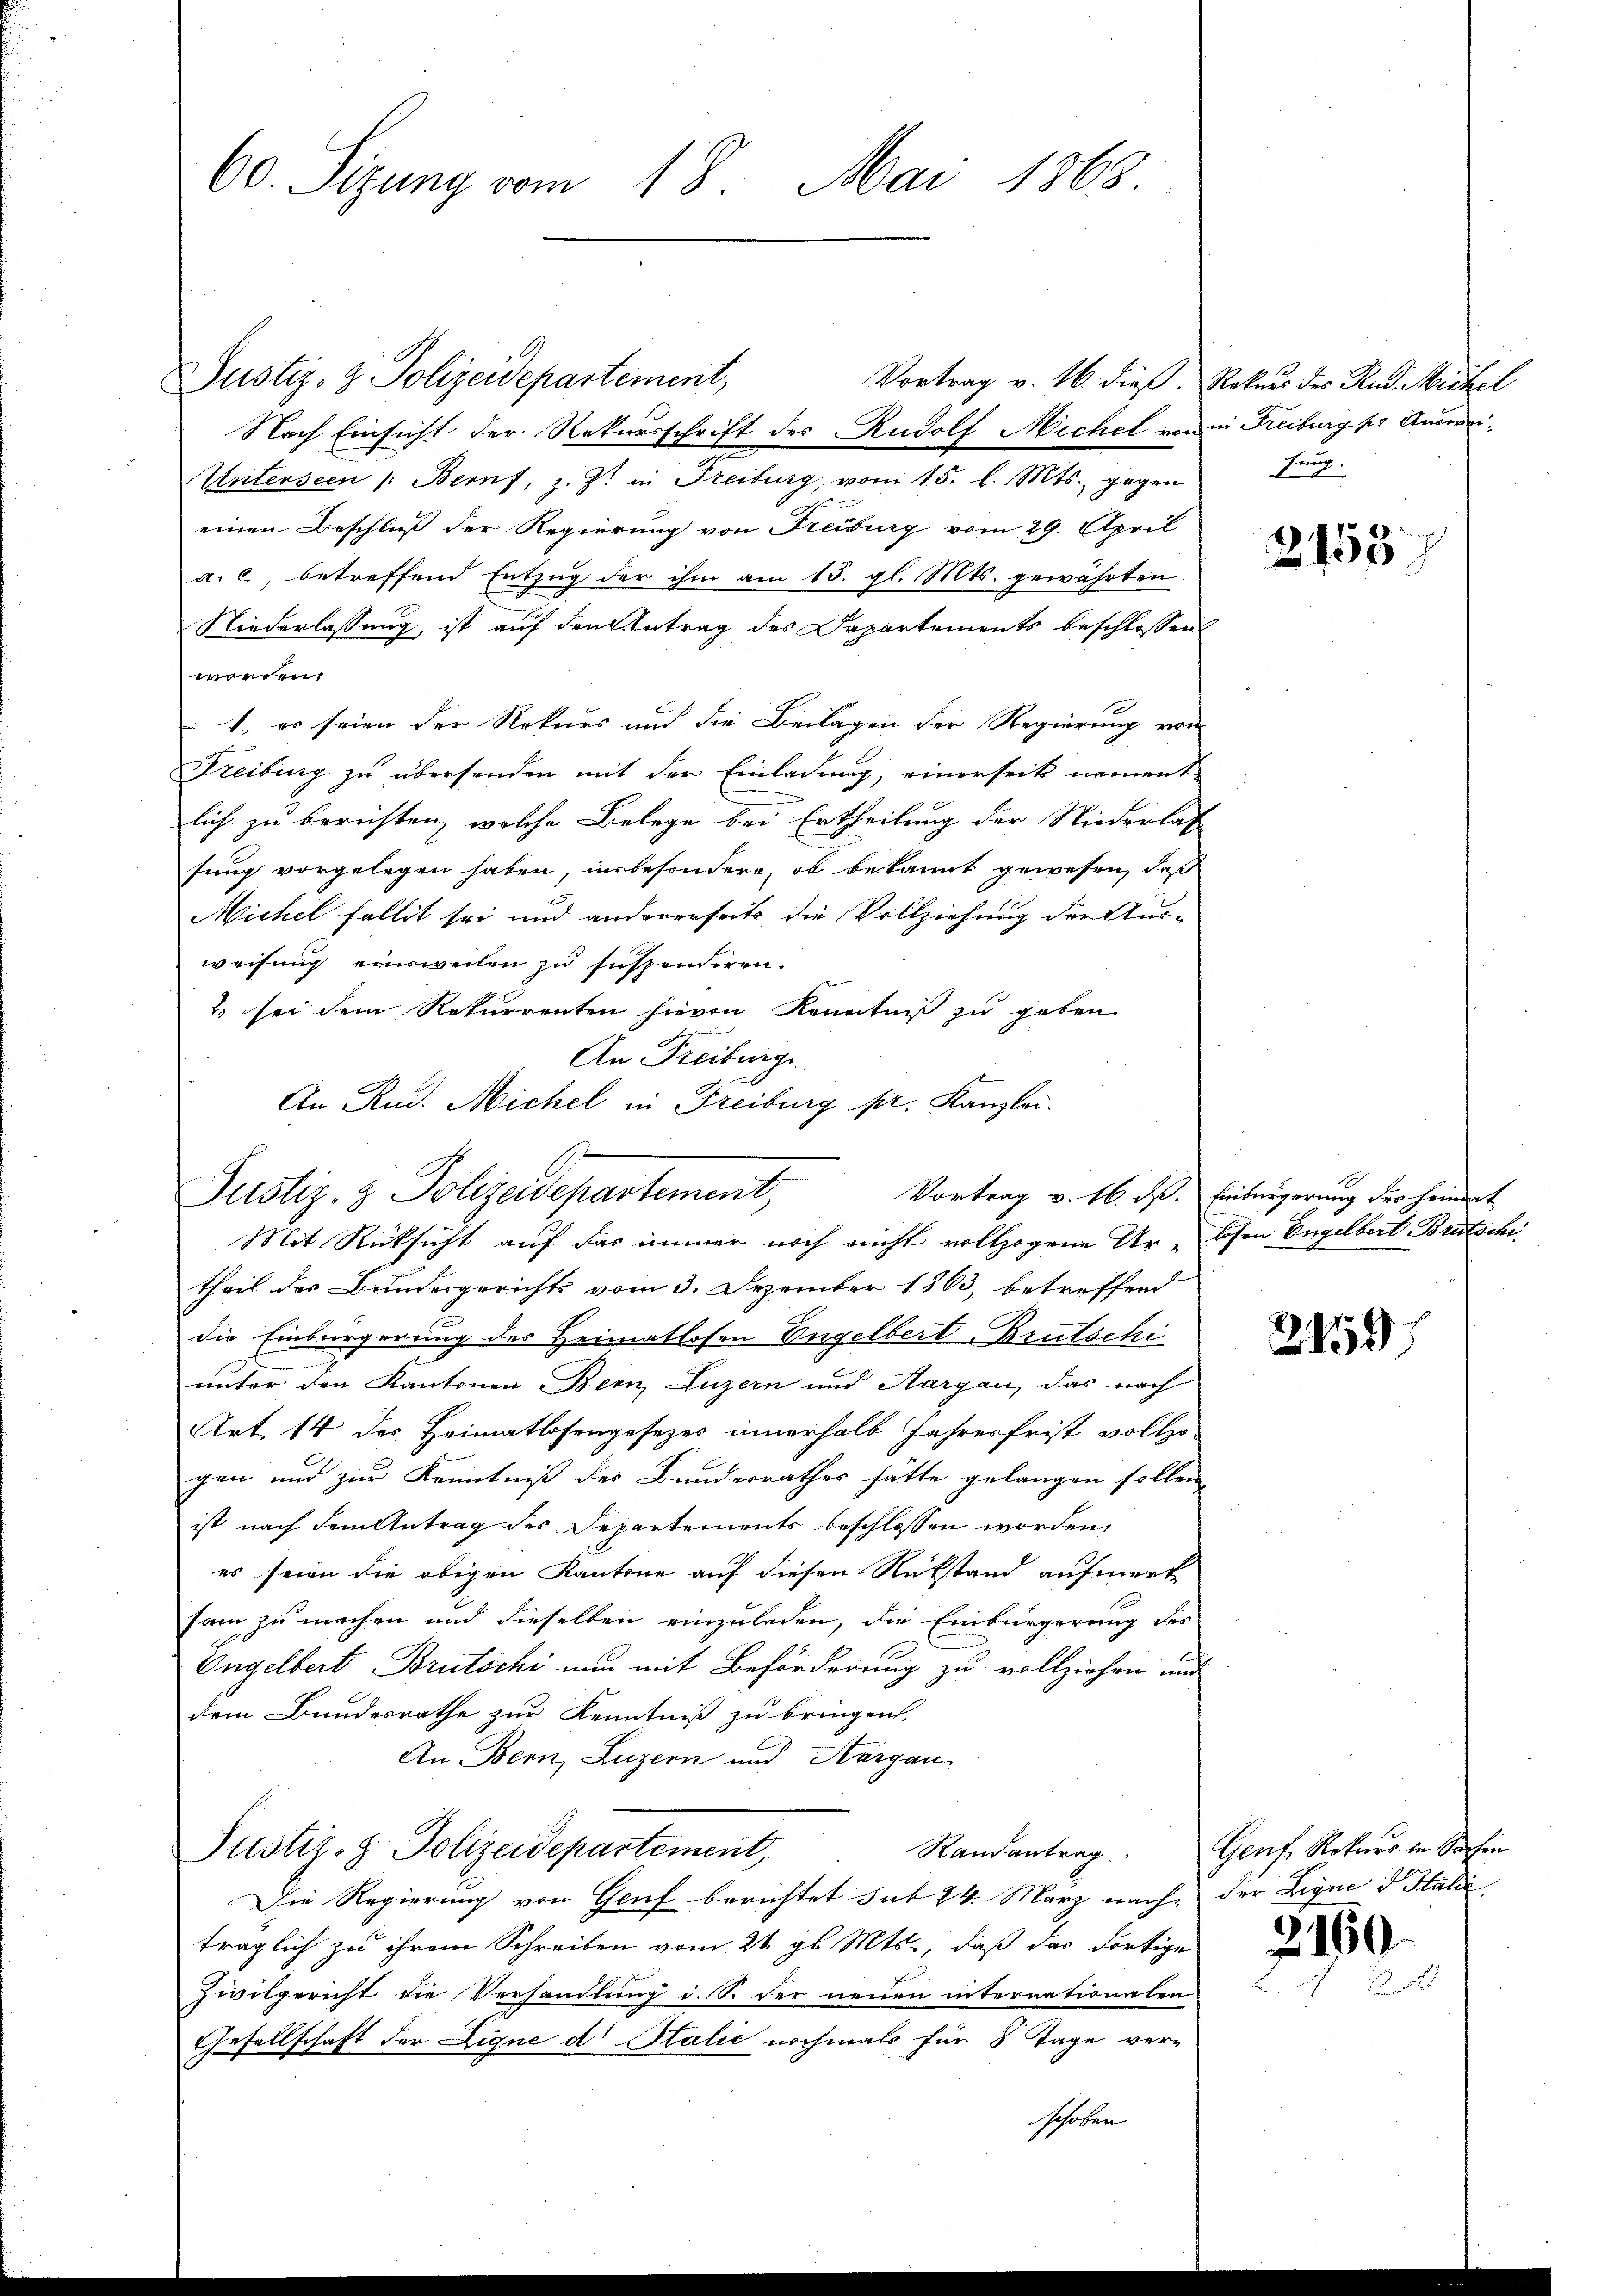
60. Sitzung vom 18. Mai 1863.

Justiz- & Polizeidepartement,
Vortrag v. 16. dieß.
Nach Einsicht der Rekursschrift des Rudolf Michel von
Unterseen /: Bern, z. Z. in Freiburg, vom 15. l. Mts. gegen
einen Beschluß der Regierung von Freiburg vom 29. April
a. c., betreffend Entzug der ihm am 15. gl. Mts. gewährten
Niederlassung, ist auf den Antrag des Departements beschlossen
worden.
e
1., es seien der Rekurs und die Beilagen der Regierung von
Freiburg zu übersenden mit der Einladung, einerseits nament-
lich zu berichten, welche Belege bei Ertheilung der Niederlas
fung vorgelegen haben, in besondere, ob bekannt gewesen, daß
Michel Fallit sei und andererseits die Vollziehung der Aus-
weisung einsweilen zu suspendiren.
2 sei dem Rekurrenten hievon Kenntniß zu geben
An Freiburg
theil des Bundesgerichts vom 3. Dezember 1863, betreffend
die Einbürgerung des Heimatlosen Engelbert Brutschi

unter den Kantonen Bern, Luzern und Aargau, das nach
Art. 14 des Heimatlosengesezes innerhalb Jahresfrist vollzo-
gen und zur Kenntniß des Bunderrathes hätte gelangen sollen
ist nach dem Antrag des Departements beschlossen worden,
es seien die obigen Kantone auf diesen Rükstand aufmerk
sam zu machen und dieselben einzuladen, die Einbürgerung des
Engelbert Brutschi nun mit Beförderung zu vollziehen und
dem Bundesrathe zur Kenntniß zu bringen.
An Bern, Luzern und Aargau
Justiz- & Polizeidepartement,
Randantrag
Die Regierung von Genf berichtet sub 24. März nach-
träglich zu ihrem Schreiben vom 26. gl. Mts., daß das dortige
Zivilgericht die Verhandlung d. S. der neuen internationalen
Gesellschaft der Eigne d Italić nochmals für 8 Tage ver-
schoben

An Rud. Michel in Freiburg pr. Kanzlei.
Justiz- & Polizedepartement,
Mit Rücksicht auf das immer noch nicht vollzogene Ur- Cohen Engelbert Brutschi

Rekurs des Rud. Michel
in Freiburg s. Auswei¬
Feuch

2158

Vortrag v. 16. ds. Einbürgerung des Heimat

2459

Genf, Rekurs in Sachen
der Legne d. Halie

2169.